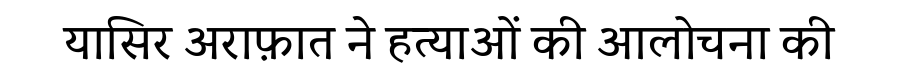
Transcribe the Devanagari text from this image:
यासिर अराफ़ात ने हत्याओं की आलोचना की